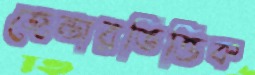
জেন্ডারভিত্তিক